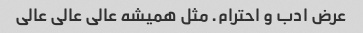
عرض ادب و احترام. مثل همیشه عالی عالی عالی